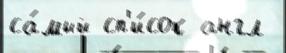
са́мый сп'и́сок англ